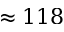
\approx 1 1 8